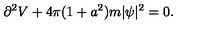
\partial ^ { 2 } V + 4 \pi ( 1 + a ^ { 2 } ) m | \psi | ^ { 2 } = 0 .